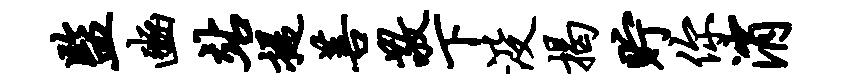
监豳站提菩敬下没揭贮你消